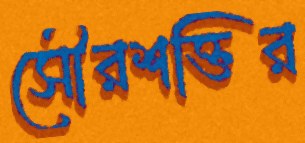
সৌরশক্তির